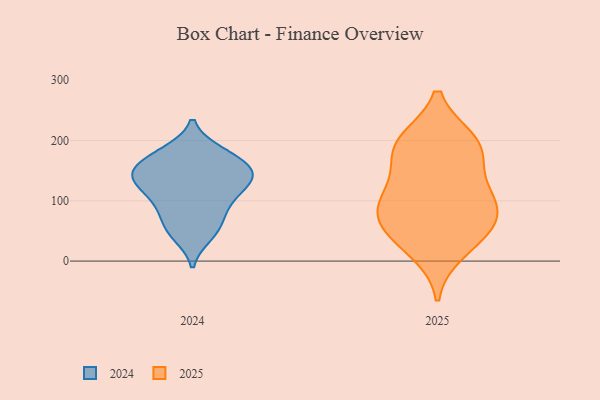
{"axis": {"x": "Churn Rate (%)", "y": "Value"}, "legend": ["2024", "2025"], "data": [{"x": "", "y": 57, "type": "2025"}, {"x": "", "y": 199, "type": "2025"}, {"x": "", "y": 108, "type": "2025"}, {"x": "", "y": 85, "type": "2025"}, {"x": "", "y": 17, "type": "2025"}, {"x": "", "y": 187, "type": "2025"}, {"x": "", "y": 97, "type": "2025"}, {"x": "", "y": 198, "type": "2025"}, {"x": "", "y": 124, "type": "2025"}, {"x": "", "y": 44, "type": "2025"}, {"x": "", "y": 65, "type": "2025"}, {"x": "", "y": 177, "type": "2025"}, {"x": "", "y": 153, "type": "2024"}, {"x": "", "y": 126, "type": "2024"}, {"x": "", "y": 142, "type": "2024"}, {"x": "", "y": 131, "type": "2024"}, {"x": "", "y": 157, "type": "2024"}, {"x": "", "y": 91, "type": "2024"}, {"x": "", "y": 135, "type": "2024"}, {"x": "", "y": 181, "type": "2024"}, {"x": "", "y": 172, "type": "2024"}, {"x": "", "y": 87, "type": "2024"}, {"x": "", "y": 51, "type": "2024"}, {"x": "", "y": 180, "type": "2024"}, {"x": "", "y": 57, "type": "2024"}, {"x": "", "y": 98, "type": "2024"}, {"x": "", "y": 149, "type": "2024"}, {"x": "", "y": 127, "type": "2024"}, {"x": "", "y": 43, "type": "2024"}]}